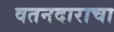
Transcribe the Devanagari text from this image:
वतनदाराचा